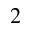
2